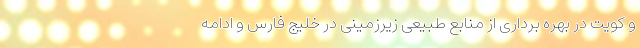
و کویت در بهره برداری از منابع طبیعی زیرزمینی در خلیج فارس و ادامه